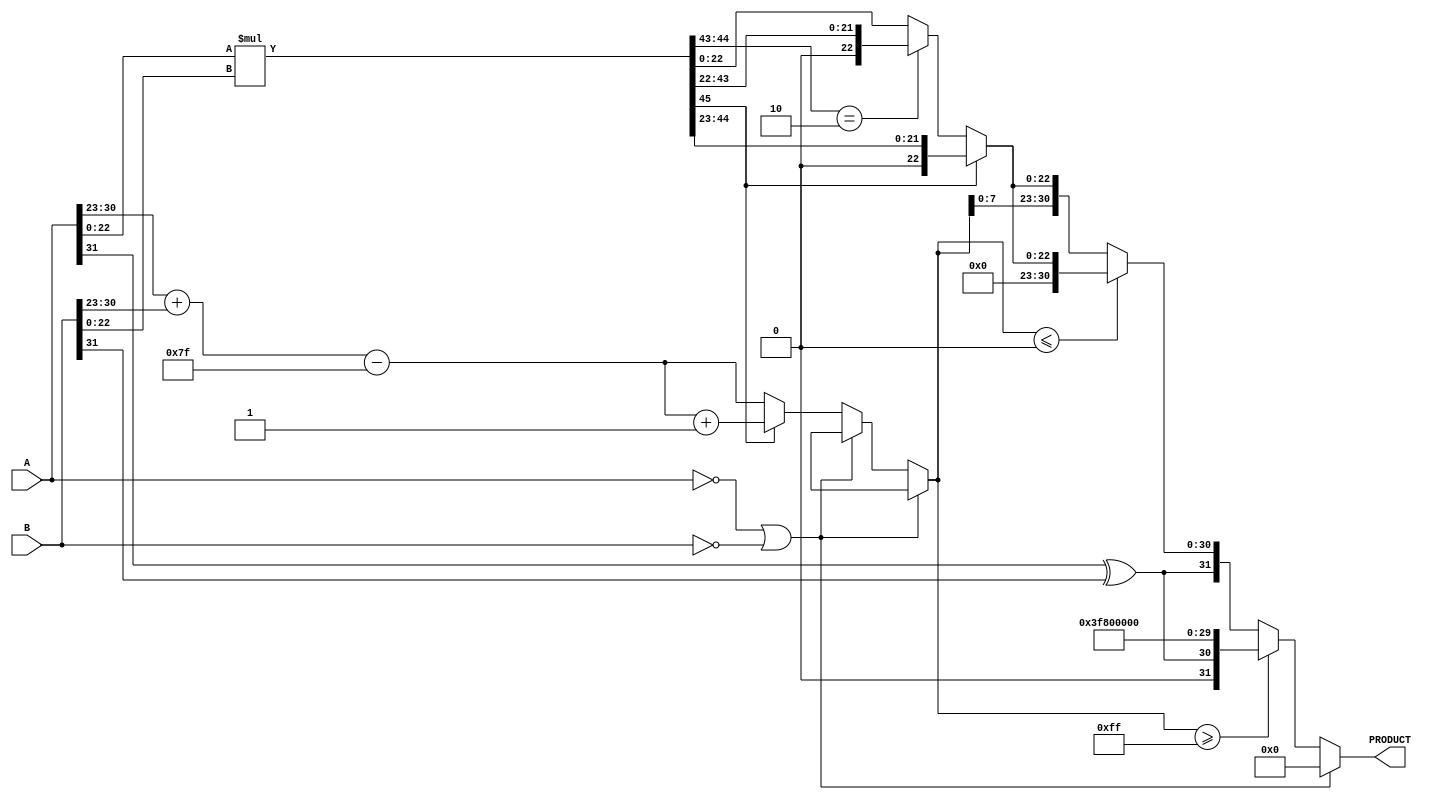
module fp_mult(
    input [31:0] A, // Input floating-point A
    input [31:0] B, // Input floating-point B
    output reg [31:0] PRODUCT // Output floating-point result
);
    // IEEE 754 parameters
    parameter E = 8; // Number of exponent bits
    parameter M = 23; // Number of mantissa bits
    parameter BIAS = 127; // Bias for exponent

    // Internal signals
    wire sign_A = A[31];
    wire sign_B = B[31];
    
    wire [E-1:0] exponent_A = A[30:23];
    wire [E-1:0] exponent_B = B[30:23];

    wire [M-1:0] mantissa_A = {1'b1, A[22:0]}; // Implicit leading bit
    wire [M-1:0] mantissa_B = {1'b1, B[22:0]}; // Implicit leading bit

    wire sign_product;
    wire [E:0] exponent_product;
    wire [2*M-1:0] mantissa_product;
    reg [E:0] adjusted_exponent;
    reg [M:0] normalized_mantissa;
    reg [M:0] rounded_mantissa;

    // Step 1: Sign Calculation
    assign sign_product = sign_A ^ sign_B;

    // Step 2: Exponent Calculation
    assign exponent_product = exponent_A + exponent_B - BIAS;

    // Step 3: Mantissa Multiplication
    assign mantissa_product = mantissa_A * mantissa_B;

    // Normalization process
    always @(*) begin
        // Initialize product and adjusted exponent
        normalized_mantissa = 0;
        adjusted_exponent = 0;

        // Check for zero multiplication
        if (A == 32'b0 || B == 32'b0) begin
            PRODUCT = 32'b0;
        end else begin
            // Normalization logic
            if (mantissa_product[2*M-1] == 1) begin
                // Normal case
                normalized_mantissa = mantissa_product[2*M-2:M]; // Shift right by 1
                adjusted_exponent = exponent_product + 1; // Increase exponent
            end else if (mantissa_product[2*M-2:2*M-3] == 2'b10) begin
                // Subnormal number, shift left
                normalized_mantissa = mantissa_product[2*M-3:M-1]; // Remove leading 1
                adjusted_exponent = exponent_product; // Keep exponent same
            end else begin
                // Already normalized
                normalized_mantissa = mantissa_product[M-1:0];
                adjusted_exponent = exponent_product;
            end

            // Step 7: Rounding
            rounded_mantissa = normalized_mantissa[M-1:0];

            // Condition for normalization and rounding
            if (normalized_mantissa[M] == 1) begin
                rounded_mantissa = normalized_mantissa[M-1:M] + 1; // Rounding if necessary
                adjusted_exponent = adjusted_exponent + 1; // Adjust exponent one more
            end
            
            // Step 8: Handling special cases and forming the final output
            if (adjusted_exponent >= (1 << E) - 1) begin
                // Overflow detected; produce infinity
                PRODUCT = {sign_product, {(E-1){1'b1}}, {M{1'b0}}}; // Set to infinity
            end else if (adjusted_exponent <= 0) begin
                // Underflow detected (could be subnormal)
                PRODUCT = {sign_product, 8'b0, rounded_mantissa[M-1:0]}; // Subnormal or zero
            end else begin
                // Normal case
                PRODUCT = {sign_product, adjusted_exponent[E-1:0], rounded_mantissa[M-1:0]};
            end
        end
    end
endmodule